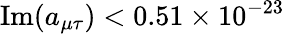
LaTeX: \mathrm{Im}(a_{\mu\tau})<0.51\times 10^{-23}